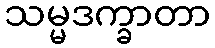
သမ္မဒက္ခာတာ